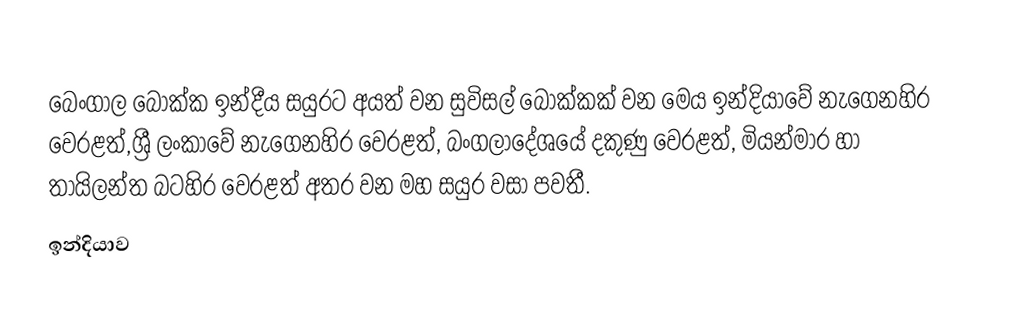
බෙංගාල බොක්ක ඉන්දීය සයුරට අයත් වන සුවිසල් බොක්කක් වන මෙය ඉන්දියාවේ නැගෙනහිර වෙරළත්,ශ්‍රී ලංකාවේ නැගෙනහිර වෙරළත්, බංගලාදේශයේ දකුණු වෙරළත්, මියන්මාර හා තායිලන්ත බටහිර වෙරළත් අතර වන මහ සයුර වසා පවතී.
ඉන්දියාව